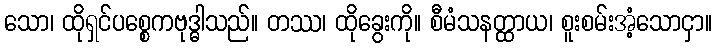
သော၊ ထိုရှင်ပစ္စေကဗုဒ္ဓါသည်။ တဿ၊ ထိုခွေးကို။ စီမံသနတ္ထာယ၊ စူးစမ်းအံ့သောငှာ။